Civil Veterinary Department. United Provinces 1923-31 - 1923-1931
Year: 1923
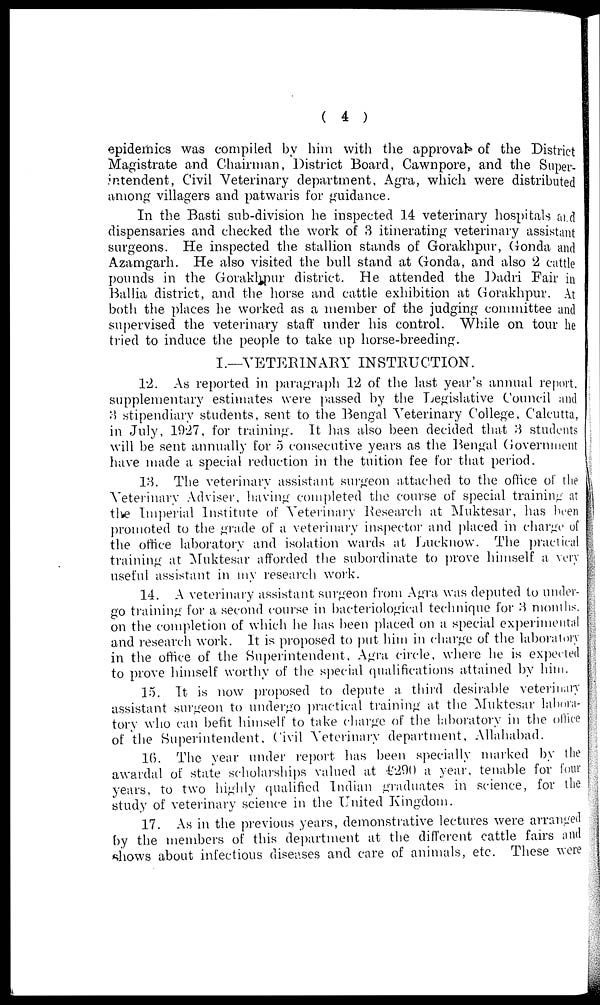
( 4 )
epidemics was compiled by him with the approvals of the District
Magistrate and Chairman, District Board, Cawnpore, and the Super-
intendent, Civil Veterinary department, Agra, which were distributed
among villagers and patwaris for guidance.
In the Basti sub-division he inspected 14 veterinary hospitals and
dispensaries and checked the work of 3 itinerating veterinary assistant
surgeons. He inspected the stallion stands of Gorakhpur, Gonda and
Azamgarh. He also visited the bull stand at Gonda, and also 2 cattle
pounds in the Gorakhpur district. He attended the Dadri Pair in
Ballia district, and the horse and cattle exhibition at Gorakhpur. At
both the places he worked as a member of the judging committee and
supervised the veterinary staff under his control. While on tour he
tried to induce the people to take up horse-breeding.
I.—VETERINARY INSTRUCTION.
12. As reported in paragraph 12 of the last year's annual report,
supplementary estimates were passed by the Legislative Council and
3 stipendiary students, sent to the Bengal Veterinary College, Calcutta,
in July, 1927, for training. It has also been decided that 3 students
will be sent annually for 5 consecutive years as the Bengal Government
have made a special reduction in the tuition fee for that period.
13. The veterinary assistant surgeon attached to the office of the
Veterinary Adviser, having completed the course of special training at
the Imperial Institute of Veterinary Research at Muktesar, has been
promoted to the grade of a veterinary inspector and placed in charge of
the office laboratory and isolation wards at Lucknow. The practical
training at Muktesar afforded the subordinate to prove himself a very
useful assistant in my research work.
14. A veterinary assistant surgeon from Agra was deputed to under-
go training for a second course in bacteriological technique for 3 months.
on the completion of which he has been placed on a special experimental
and research work. It is proposed to put him in charge of the laboratory
in the office of the Superintendent, Agra circle, where he is expected
to prove himself worthy of the special qualifications attained by him.
15. It is now proposed to depute a third desirable veterinary
assistant surgeon to undergo practical training at the Muktesar labora-
tory who can befit himself to take charge of the laboratory in the office
of the Superintendent, Civil Veterinary department, Allahabad.
16. The year under report has been specially marked by the
awardal of state scholarships valued at £290 a year, tenable for four
years, to two highly qualified Indian graduates in science, for the
study of veterinary science in the United Kingdom.
17. As in the previous years, demonstrative lectures were arranged
by the members of this department at the different cattle fairs and
shows about infectious diseases and care of animals, etc. These were